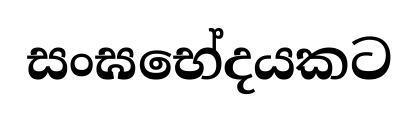
සංඝභේදයකට